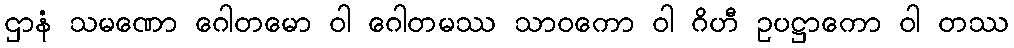
ဌာနံ သမဏော ဂေါတမော ဝါ ဂေါတမဿ သာဝကော ဝါ ဂိဟီ ဥပဋ္ဌာကော ဝါ တဿ